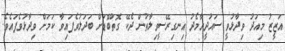
އަޒީޒު މިއަދު ވިދާޅުވީ ސައުދީއާމެދު އިނގިރޭސީވިލާތުން ދެކޭ ގޮތްބޮޑަށް ބަދަލުވެފައިވާ ކަމަށް ވިދާޅުވެފައެވެ.